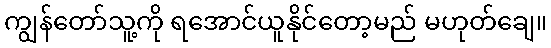
ကျွန်တော်သူ့ကို ရအောင်ယူနိုင်တော့မည် မဟုတ်ချေ။